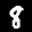
Label: 8